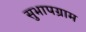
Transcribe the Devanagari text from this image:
सुभापग्राम